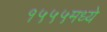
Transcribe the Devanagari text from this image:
१५५५मध्ये